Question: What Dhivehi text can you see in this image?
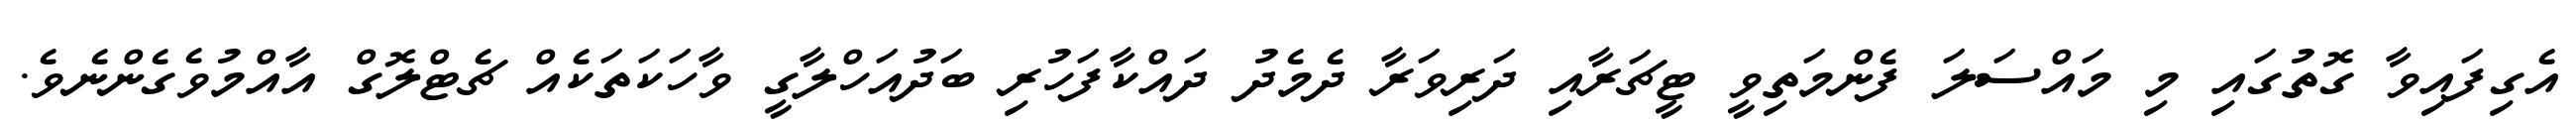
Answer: އެގިފައިވާ ގޮތުގައި މި މައްސަލަ ފެންމަތިވީ ޓީޗަރާއި ދަރިވަރާ ދެމެދު ދައްކާފަހުރި ބަދުއަހްލާގީ ވާހަކަތަކެއް ޗެޓްލޮގް އާއްމުވެގެންނެވެ.